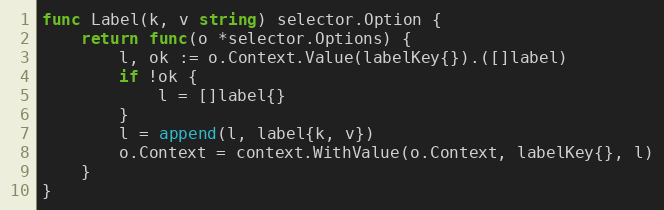
Language: Go
func Label(k, v string) selector.Option {
	return func(o *selector.Options) {
		l, ok := o.Context.Value(labelKey{}).([]label)
		if !ok {
			l = []label{}
		}
		l = append(l, label{k, v})
		o.Context = context.WithValue(o.Context, labelKey{}, l)
	}
}